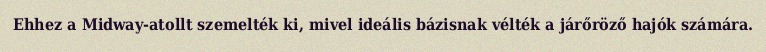
Ehhez a Midway-atollt szemelték ki, mivel ideális bázisnak vélték a járőröző hajók számára.